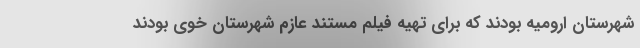
شهرستان ارومیه بودند که برای تهیه فیلم مستند عازم شهرستان خوی بودند